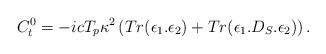
LaTeX: \begin{align*}C_{t}^0={-i c T_p \kappa^2}\left(Tr(\epsilon_1.\epsilon_2)+Tr(\epsilon_1.D_S.\epsilon_2)\right).\end{align*}